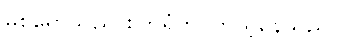
မစ်ရှောသည် စက်ရုံကို ကြည့်နေသည်။